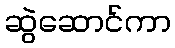
ဆွဲဆောင်ကာ